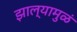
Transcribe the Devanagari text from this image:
झाल्यामुळं